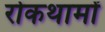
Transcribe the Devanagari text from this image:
रोकथामों